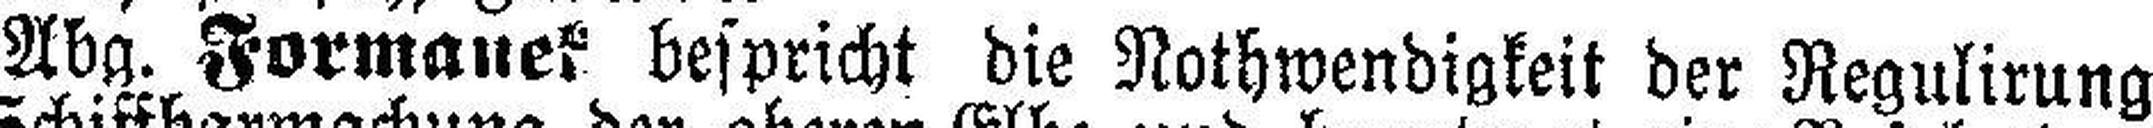
Abg. Formauek bespricht die Nothwendigkeit der Regulirung